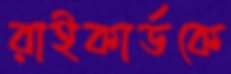
রাইকার্ডকে